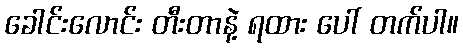
ခေါင်းလောင်း တီးတာနဲ့ ရထား ပေါ် တက်ပါ။